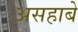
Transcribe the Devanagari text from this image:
असहाबे